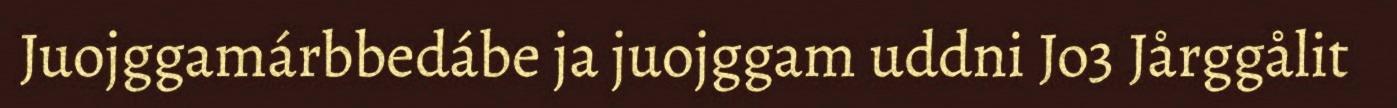
Juojggamárbbedábe ja juojggam uddni Jo3 Jårggålit